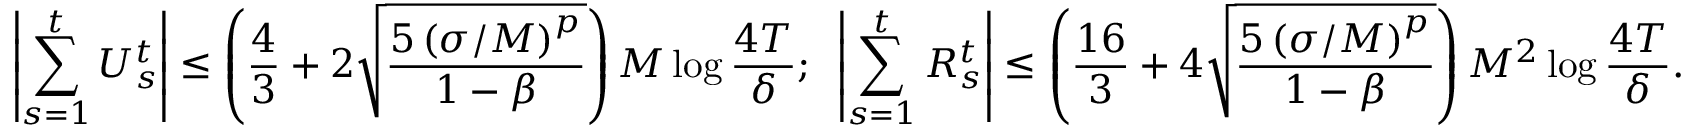
\left| \sum _ { s = 1 } ^ { t } U _ { s } ^ { t } \right| \leq \left( \frac { 4 } { 3 } + 2 \sqrt { \frac { 5 \left( \sigma / M \right) ^ { p } } { 1 - \beta } } \right) M \log \frac { 4 T } { \delta } ; \enskip \left| \sum _ { s = 1 } ^ { t } R _ { s } ^ { t } \right| \leq \left( \frac { 1 6 } { 3 } + 4 \sqrt { \frac { 5 \left( \sigma / M \right) ^ { p } } { 1 - \beta } } \right) M ^ { 2 } \log \frac { 4 T } { \delta } .